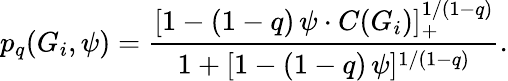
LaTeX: p_{q}(G_{i},\psi)=\frac{[1-(1-q)\, \psi\cdot C(G_{i})]_{+}^{1/(1-q)}}{1+[1-(1-q)\, \psi]^{1/(1-q)}}.